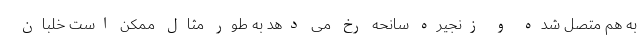
به هم متصل شده و زنجیره سانحه رخ می دهد به طور مثال ممکن است خلبان